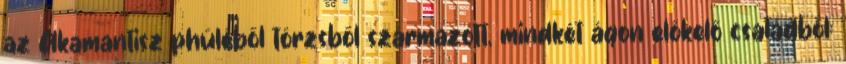
az Akamantisz phüléből törzsből származott, mindkét ágon előkelő családból: